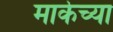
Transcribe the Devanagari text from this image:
मार्केच्या